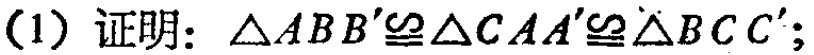
(1) 证明：\(\triangle ABB'\cong\triangle CAA'\cong\triangle BCC'\)；